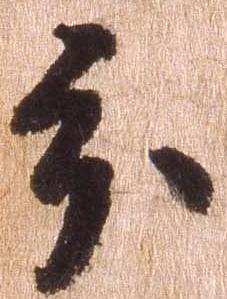
分